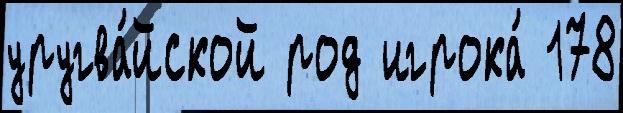
уругва́йской род игрока́ 178